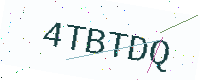
Text: 4TBTDQ